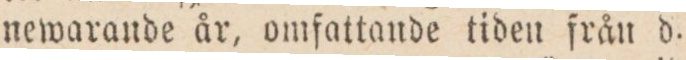
newarande år, omfattande tiden från d.